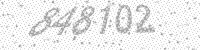
Solution: 848102